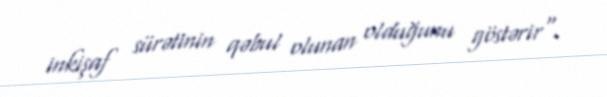
inkişaf sürətinin qəbul olunan olduğunu göstərir".